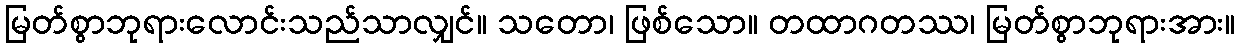
မြတ်စွာဘုရားလောင်းသည်သာလျှင်။ သတော၊ ဖြစ်သော။ တထာဂတဿ၊ မြတ်စွာဘုရားအား။